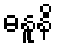
ဓနူနိ